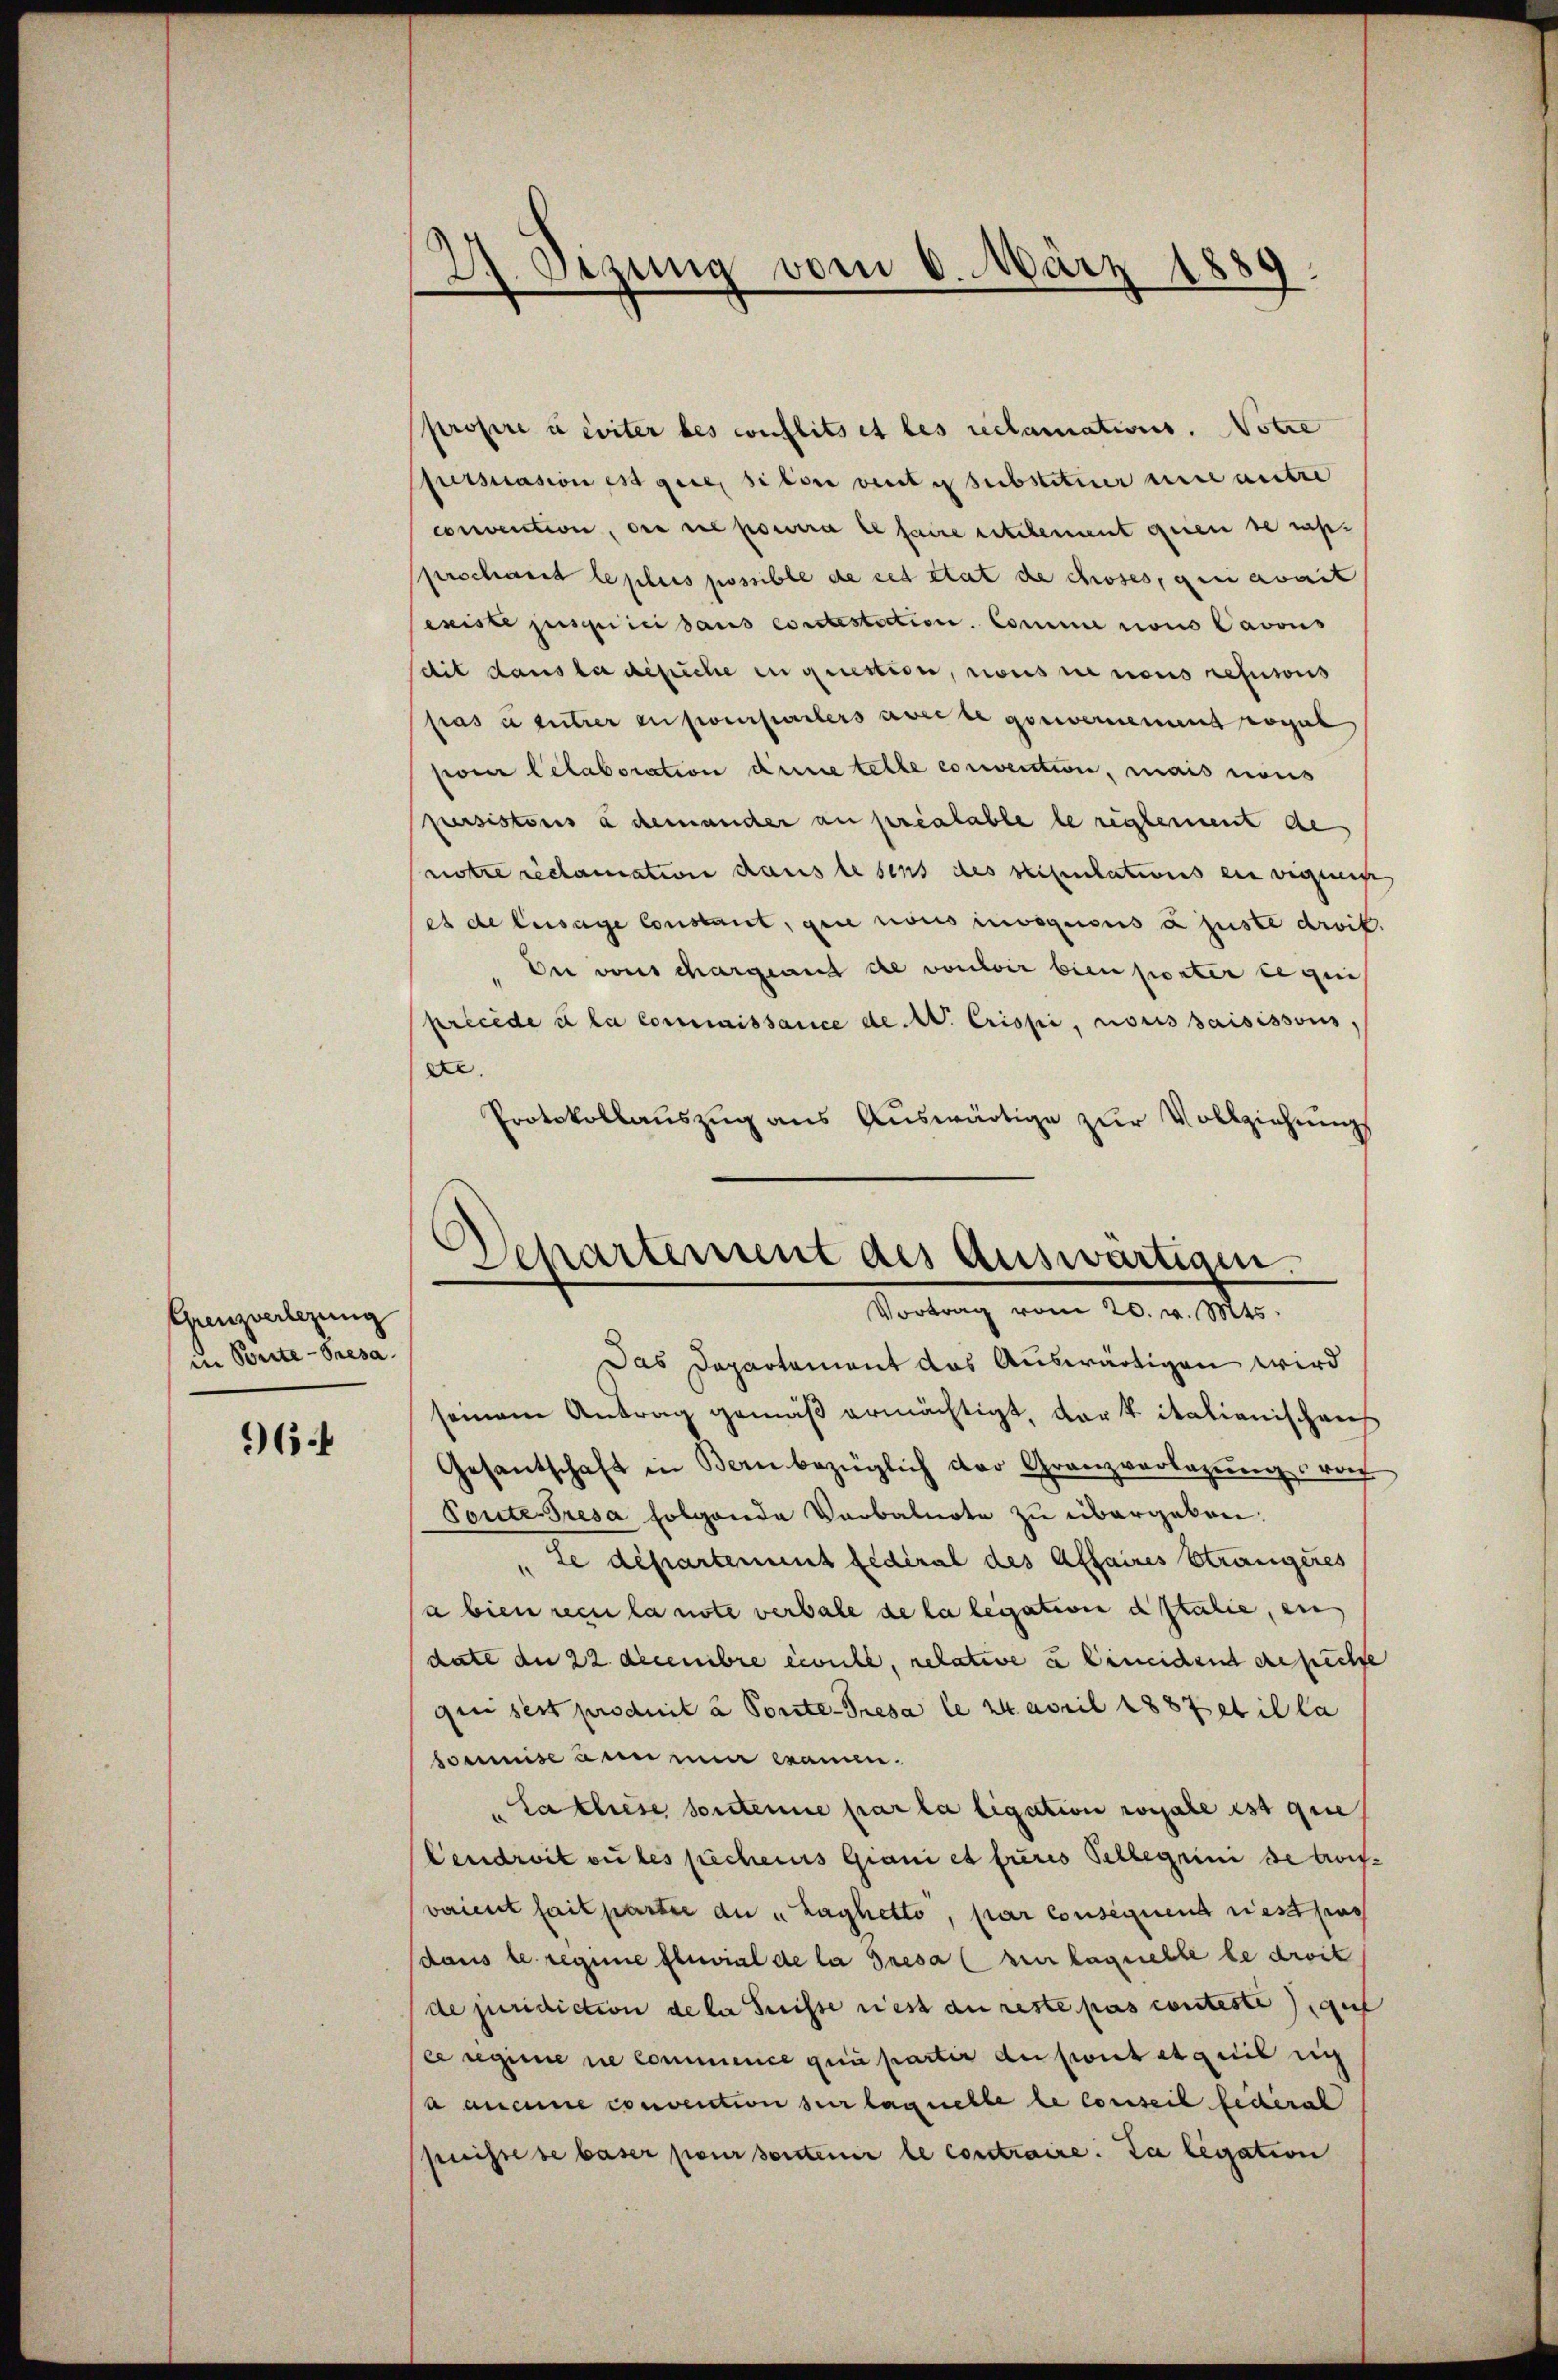
Grenzverlegung
in Bonite- Presa

964

propre à éviter des conflits et les reclamations. Votze
Ppursuasion est gute sitor veut substituier unantre
convention, der sie pourra se faire entelement que de rap
prschant le plus possible de cet état de choses, gen avait
existe jusquici daus es rotestiction. Comme cons Cavous
sdit dans la gesiche in gutestion, nous renons refusoris
Pras à titrer en poursalers weite gesternement regul
sion Celaboration deine telle convention, mais nous
persistoris à demander an préalable le reglement de
notre reclamation dans lesens des stipulations ein eignis
set de Eusage Constant, gute nous invoquous a juste droit.
Die vons chargeand die vouloir bien porter le qui
précéde à la connaissance de. W. Crispi, nous saisissous,
ee.
Protokollauszug aus Auswärtige zur Vollziehungs
d

27. Sizung vom 6. März 1889.

Departement des Auswärtigen
Vortrag vom 20. v. Mts.

Das Departement das Auswärtigen wird
seinem Antrag gemäß ermächtigt, dar t italienischens
Gesantschaft in Bern bezüglich der Granzvorlegung von
Toute Presa folgende Verbalnote zu übergeben:
de departement fédéral des Affaires Strangeres
a bien recula note verbale de la legation d Italie, ein
date die 22 decembre civile, relative u beneident gesuchte
quisest produit à Porte-Tresa le 24. April 1887 et il la
soumise den nun kann.
Lathese sortenue par la ligation rossale est que
Cendroit ou les pechenes Giani et fieres Pelzegrini de trois-
verient fait partie du "Laghetto, par consequent riest pas
(daus le regine Eluvial de la Tresa (zur laquelle le droit
(de juridiction de la Suisse riest an reste pas conteste auf
ce regime die Commence gei partir an sont etweil sich
a aucune convention sur laquelle le conseil federal
puisse se baser pour sentenir le contraire. Da legation